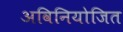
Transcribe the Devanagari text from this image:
अविनियोजित